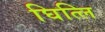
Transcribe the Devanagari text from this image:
घित्लि